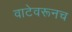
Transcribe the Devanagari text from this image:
वाटेवरूनच